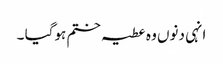
انہی دنوں وہ عطیہ ختم ہوگیا ۔